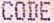
CODE